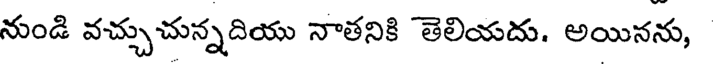
నుండి వచ్చుచున్నదియు నాతనికి తెలియదు. అయినను,